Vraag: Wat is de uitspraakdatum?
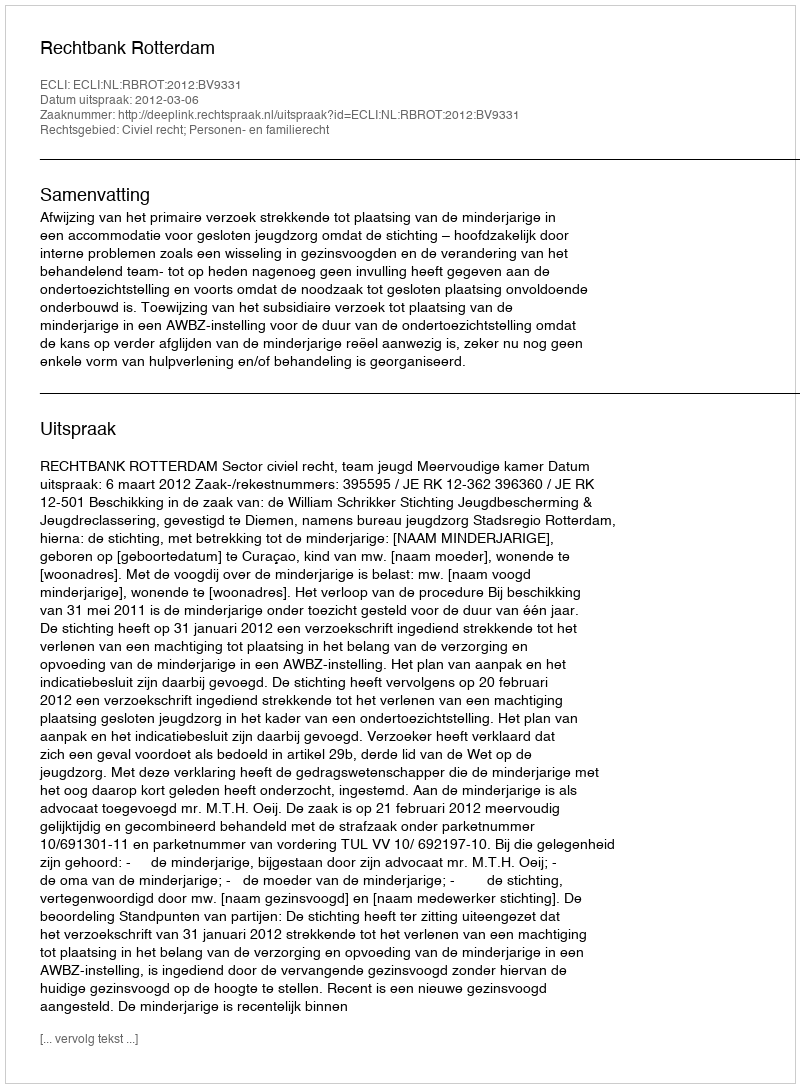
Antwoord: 2012-03-06